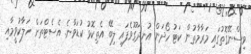
ވިސްނޭގޮތުގައި މަރާމާތުން ކަޓު ހޯދަން އުނދަގޫވެފައި ލިބޭ އެތިކޮޅު ކުޑަވާނެ. އެސެޓްތަށް ހަލާކުވީމާއި